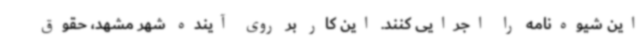
این شیوه‌نامه را اجرایی کنند. این کار بر روی آینده شهر مشهد، حقوق